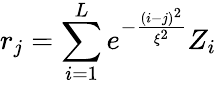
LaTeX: r_{j}=\sum_{i=1}^{L}e^{-\frac{(i-j)^{2}}{\xi^{2}}}Z_{i}